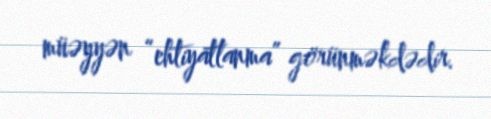
müəyyən “ehtiyatlanma” görünməkdədir.